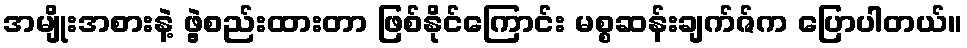
အမျိုးအစားနဲ့ ဖွဲ့စည်းထားတာ ဖြစ်နိုင်ကြောင်း မစ္စဆန်းချက်ဇ်က ပြောပါတယ်။